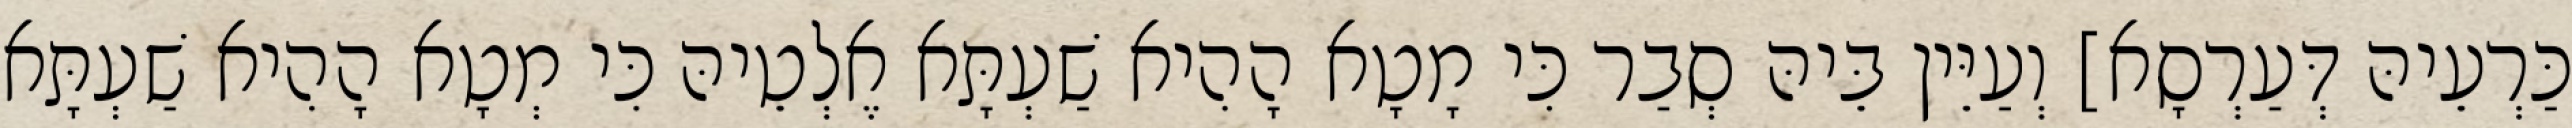
כַּרְעֵיהּ דְּעַרְסָא] וְעַיֵּין בֵּיהּ סְבַר כִּי מָטָא הָהִיא שַׁעְתָּא אֶלְטֵיהּ כִּי מְטָא הָהִיא שַׁעְתָּא